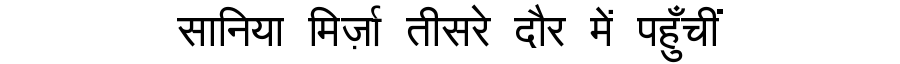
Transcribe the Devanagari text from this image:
सानिया मिर्ज़ा तीसरे दौर में पहुँचीं